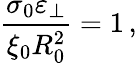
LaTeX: \frac{\sigma_{0}\varepsilon_{\perp}}{\xi_{0}R_{0}^{2}}=1\, ,